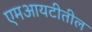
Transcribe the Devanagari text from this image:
एमआयटीतील